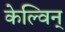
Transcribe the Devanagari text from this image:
केल्विन्